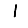
Digit: 1